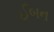
ઈબન